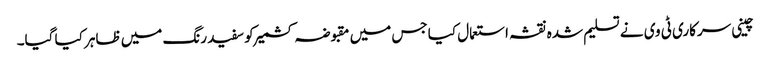
چینی سرکاری ٹی وی نے تسلیم شدہ نقشہ استعمال کیا جس میں مقبوضہ کشمیر کو سفید رنگ میں ظاہر کیا گیا۔